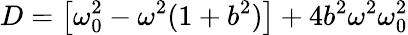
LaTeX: D=\left[\omega_{0}^{2}-\omega^{2}(1+b^{2})\right]+4b^{2}\omega^{2}\omega_{0}^{2}